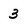
Character: 3